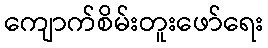
ကျောက်စိမ်းတူးဖော်ရေး